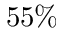
5 5 \%